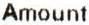
AMOUNT